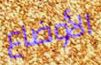
الأوضاع